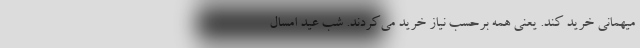
میهمانی خرید کند. یعنی همه برحسب نیاز خرید می‌کردند. شب عید امسال